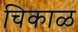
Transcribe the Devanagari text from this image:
चिकाळ